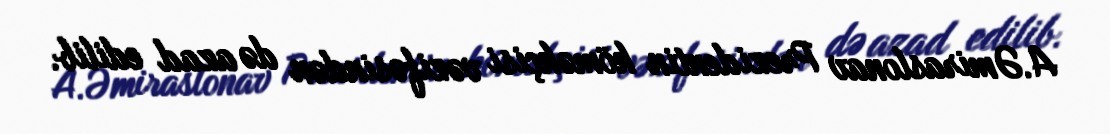
A.Əmiraslonav Prezidentin köməkçisi vəzifəsindən də azad edilib.